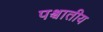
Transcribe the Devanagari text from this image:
पश्चातीय